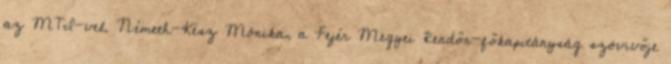
az MTI-vel. Németh-Kész Mónika, a Fejér Megyei Rendőr-főkapitányság szóvivője